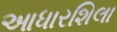
આધારશિલા